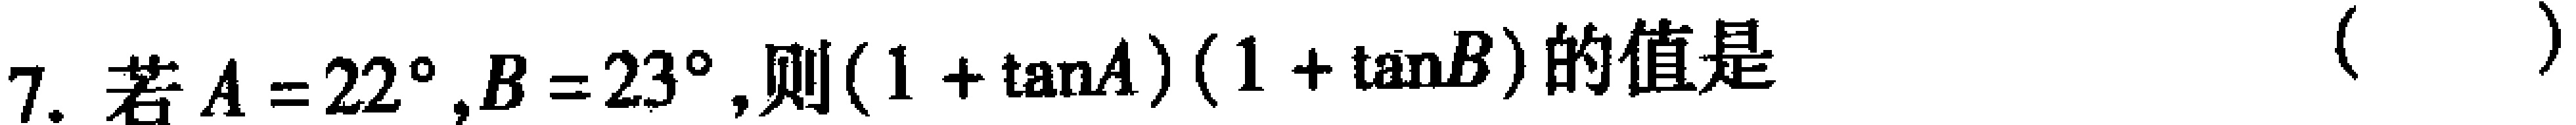
7. 若$A = 22^{\circ},B = 23^{\circ}$,则$(1 + \tan A)(1 + \tan B)$的值是（  ）